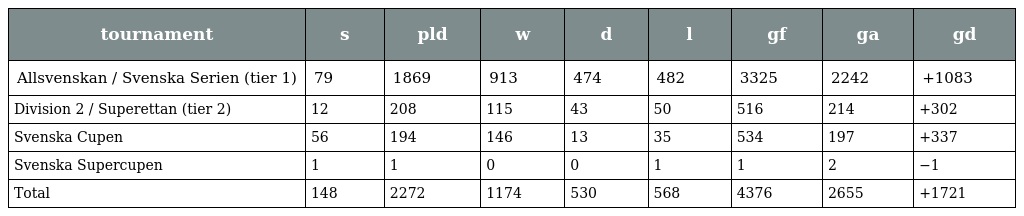
| tournament | s | pld | w | d | l | gf | ga | gd |
 | --- | --- | --- | --- | --- | --- | --- | --- | --- |
 | Allsvenskan / Svenska Serien (tier 1) | 79 | 1869 | 913 | 474 | 482 | 3325 | 2242 | +1083 |
 | Division 2 / Superettan (tier 2) | 12 | 208 | 115 | 43 | 50 | 516 | 214 | +302 |
 | Svenska Cupen | 56 | 194 | 146 | 13 | 35 | 534 | 197 | +337 |
 | Svenska Supercupen | 1 | 1 | 0 | 0 | 1 | 1 | 2 | −1 |
 | Total | 148 | 2272 | 1174 | 530 | 568 | 4376 | 2655 | +1721 |